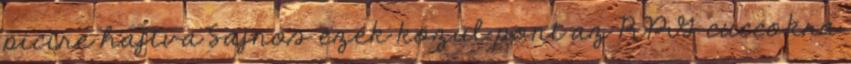
picire hajtva Sajnos ezek közül pont az RPG cuccokra